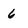
Character: 6